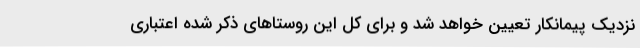
نزدیک پیمانکار تعیین خواهد شد و برای کل این روستاهای ذکر شده اعتباری